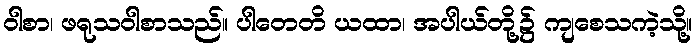
ဝါစာ၊ ဖရုသဝါစာသည်။ ပါတေတိ ယထာ၊ အပါယ်တို့၌ ကျစေသကဲ့သို့။